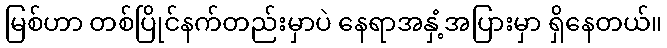
မြစ်ဟာ တစ်ပြိုင်နက်တည်းမှာပဲ နေရာအနှံ့အပြားမှာ ရှိနေတယ်။